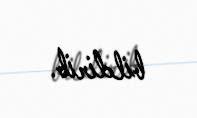
bildirib.